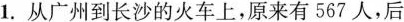
1.从广州到长沙的火车上，原来有567人，后